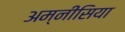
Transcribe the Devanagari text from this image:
अम्नीसिया